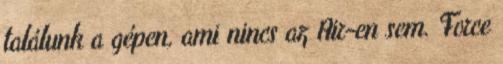
találunk a gépen, ami nincs az Air-en sem. Force